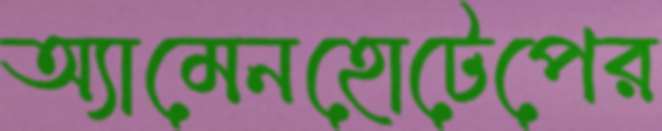
অ্যামেনহোটেপের